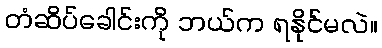
တံဆိပ်ခေါင်းကို ဘယ်က ရနိုင်မလဲ။